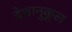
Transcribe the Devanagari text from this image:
देशानुकूल